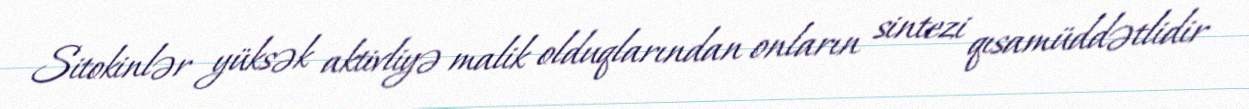
Sitokinlər yüksək aktivliyə malik olduqlarından onların sintezi qısamüddətlidir